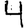
Digit: 4